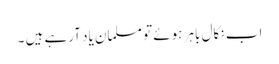
اب نکال باہر ہوئے تو مسلمان یاد آرہے ہیں ۔